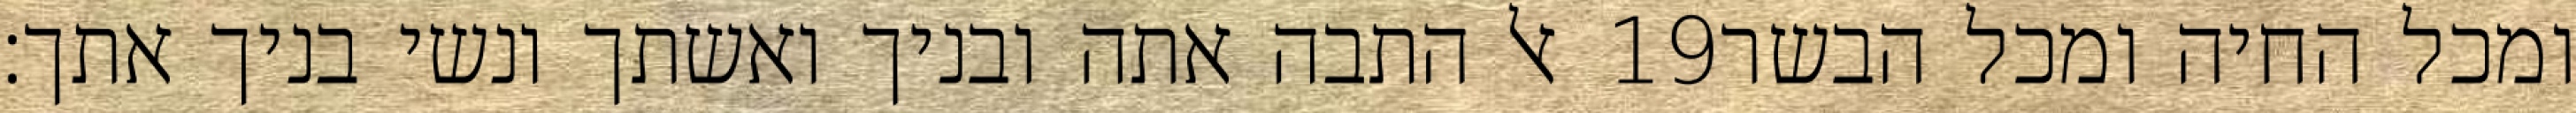
אל התבה אתה ובניך ואשתך ונשי בניך אתך׃ ‎19‏ ומכל החיה ומכל הבשר